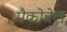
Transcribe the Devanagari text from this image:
मैकोन्नेल